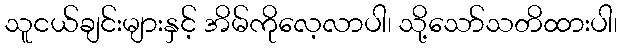
သူငယ်ချင်းများနှင့် အိမ်ကိုလေ့လာပါ၊ သို့သော်သတိထားပါ၊